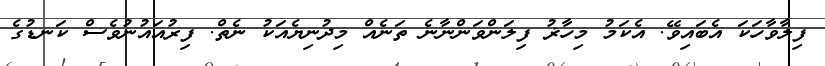
ފިލާވާހަކަ އެބައިވޭ. އެކަމު މިހާޜު ފިލަންވަންނާނެ ތަނެއް މިދުނިޔެއަކު ނެތް. ފިރުއައުނުވެސް ކަނޑުގެ